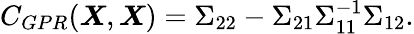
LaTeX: C_{GPR}(\boldsymbol{X},\boldsymbol{X})=\Sigma_{22}-\Sigma_{21}\Sigma_{11}^{-1}\Sigma_{12}.